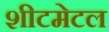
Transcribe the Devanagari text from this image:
शीटमेटल